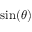
\sin ( \theta )